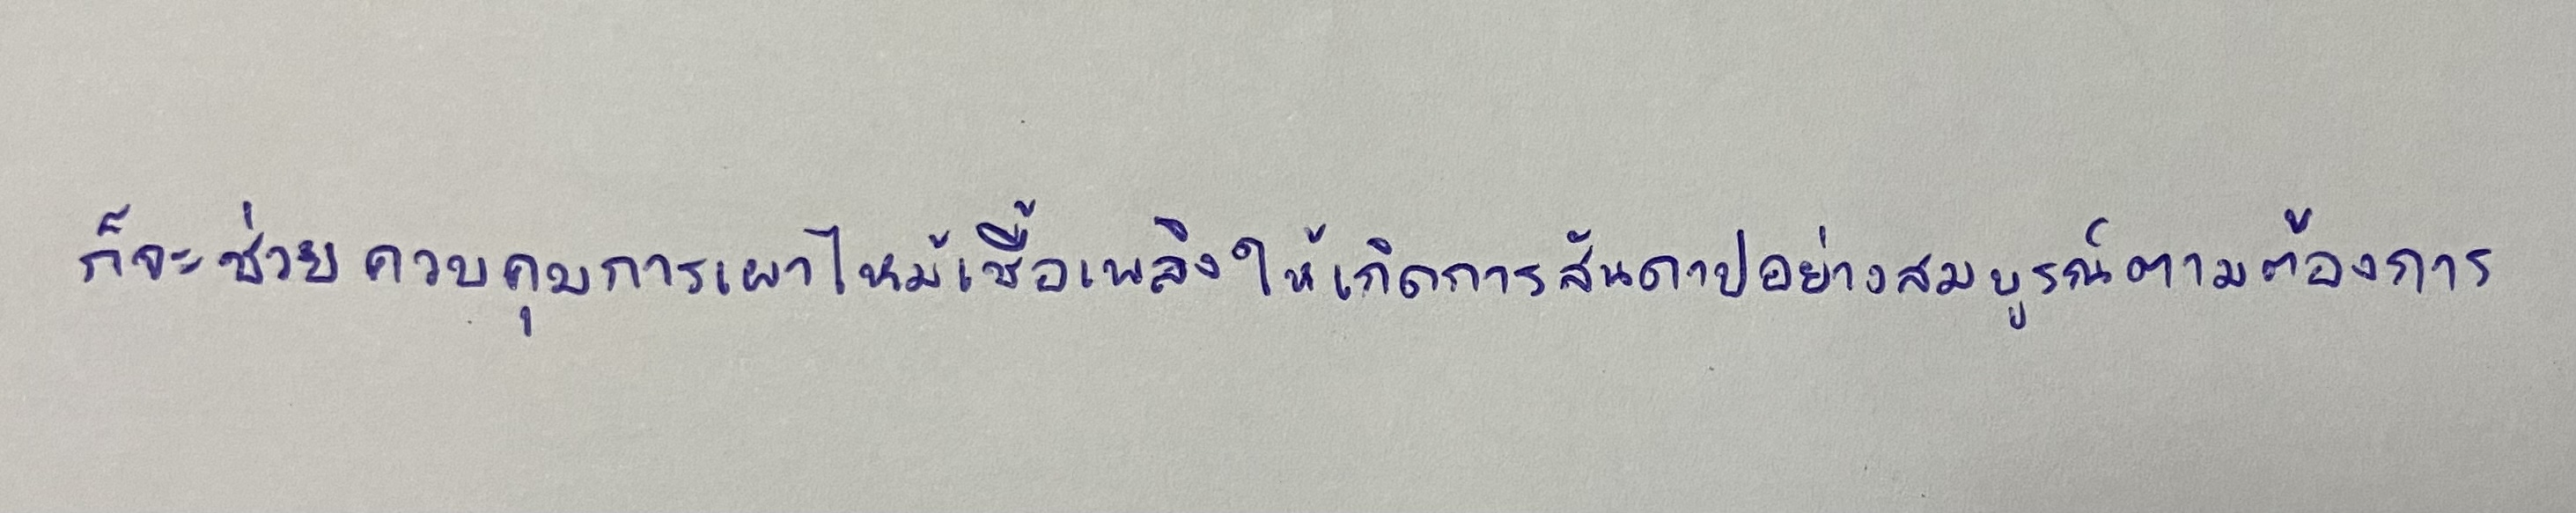
ก็จะช่วยควบคุมการเผาไหม้เชื้อเพลิงให้เกิดการสันดาปอย่างสมบูรณ์ตามต้องการ